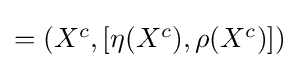
{\textstyle =(X^{c},[\eta (X^{c}),\rho (X^{c})])}